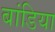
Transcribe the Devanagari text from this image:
बांडिया